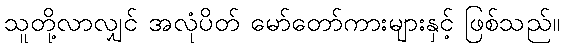
သူတို့လာလျှင် အလုံပိတ် မော်တော်ကားများနှင့် ဖြစ်သည်။